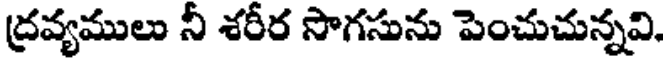
ద్రవ్యములు నీ శరీర సొగసును పెంచుచున్నవి,